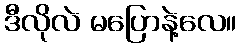
ဒီလိုလဲ မပြောနဲ့လေ။